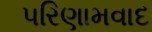
પરિણામવાદ